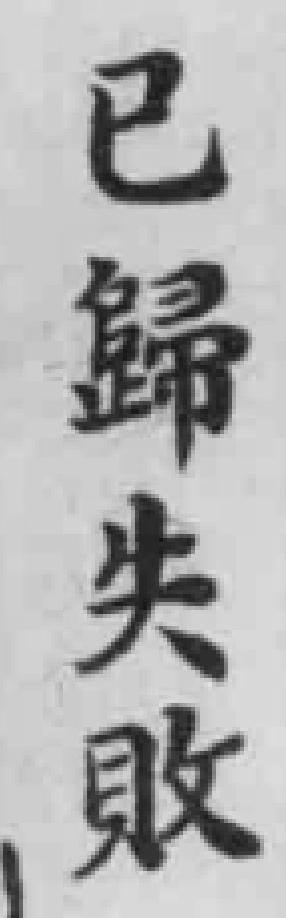
已歸失敗